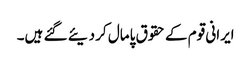
ایرانی قوم کے حقوق پامال کر دیئے گئے ہیں۔